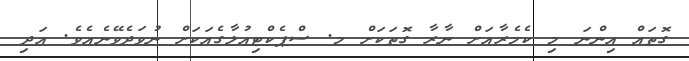
ގޮތައް އިންނަ މި ކެމެރާއަށް ނާރާ ގޮތަކަށް މ. ސްޕެކްޓިއުލާގެއަކަށް ނުވަދެވޭނެއެވެ. އަދި